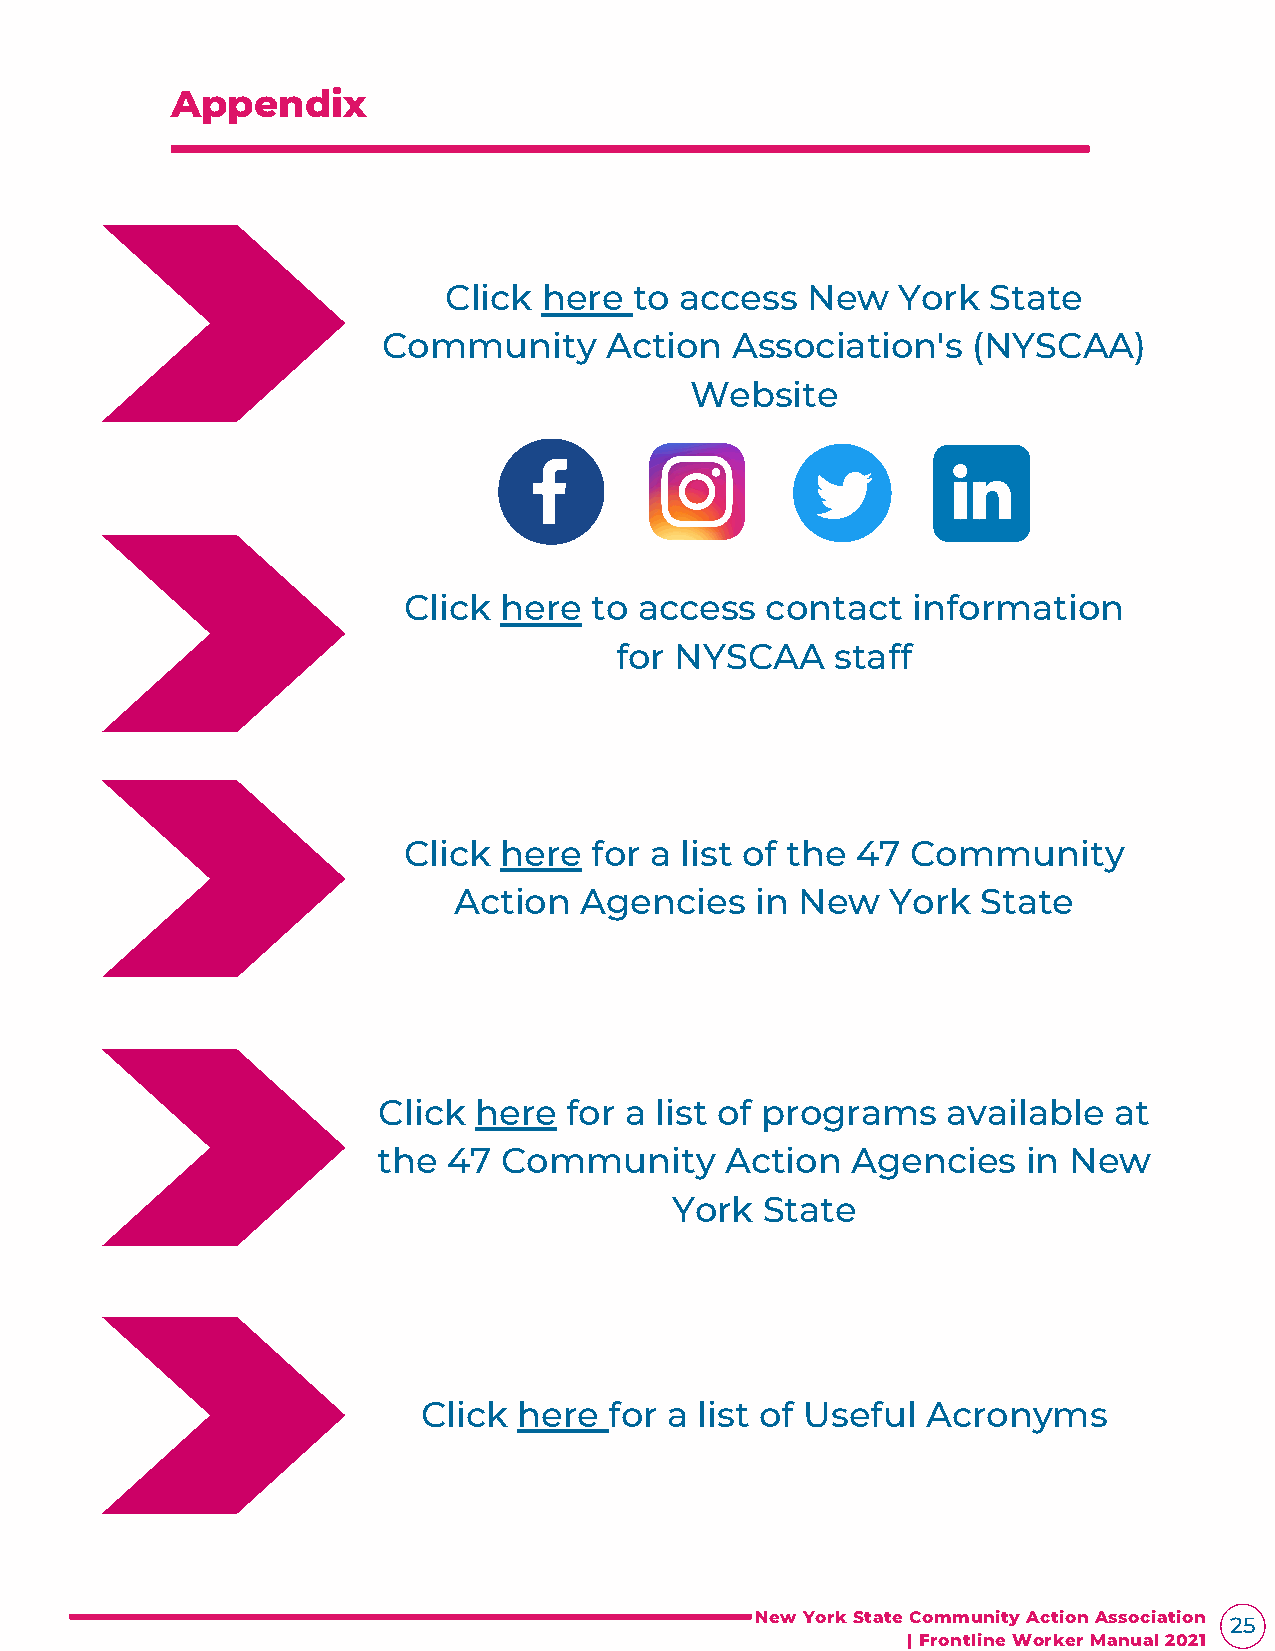
Appendix
 Click  here  to access  New   York  State
 Community      Action  Association's   (NYSCAA)
 Website
 Click here  to access   contact  information
 for NYSCAA    staff
 Click here  for a list of the 47 Community
 Action  Agencies    in New   York  State
 Click here  for a list of programs    available  at
 the  47 Community      Action  Agencies    in New
 York  State
 Click here  for a list of Useful Acronyms
 New York State Community Action Association 25
 | Frontline Worker Manual 2021